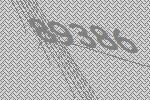
89386